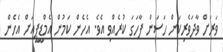
ވަރަށް ވާދަވެރިކަން ހަސަން ފާހަގަ ކުރެއްވި އެވެ. އެހެން ކަމުން އެމްޑީޕީއަށް އެހެން